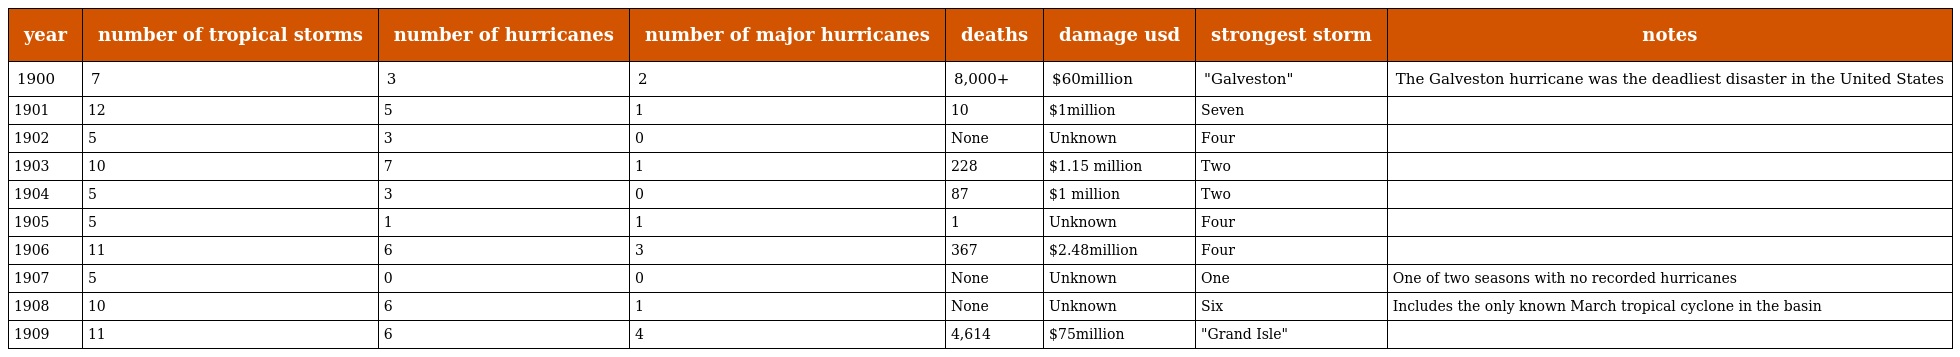
| year | number of tropical storms | number of hurricanes | number of major hurricanes | deaths | damage usd | strongest storm | notes |
 | --- | --- | --- | --- | --- | --- | --- | --- |
 | 1900 | 7 | 3 | 2 | 8,000+ | $60million | "Galveston" | The Galveston hurricane was the deadliest disaster in the United States |
 | 1901 | 12 | 5 | 1 | 10 | $1million | Seven |  |
 | 1902 | 5 | 3 | 0 | None | Unknown | Four |  |
 | 1903 | 10 | 7 | 1 | 228 | $1.15 million | Two |  |
 | 1904 | 5 | 3 | 0 | 87 | $1 million | Two |  |
 | 1905 | 5 | 1 | 1 | 1 | Unknown | Four |  |
 | 1906 | 11 | 6 | 3 | 367 | $2.48million | Four |  |
 | 1907 | 5 | 0 | 0 | None | Unknown | One | One of two seasons with no recorded hurricanes |
 | 1908 | 10 | 6 | 1 | None | Unknown | Six | Includes the only known March tropical cyclone in the basin |
 | 1909 | 11 | 6 | 4 | 4,614 | $75million | "Grand Isle" |  |